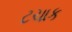
ટચાક